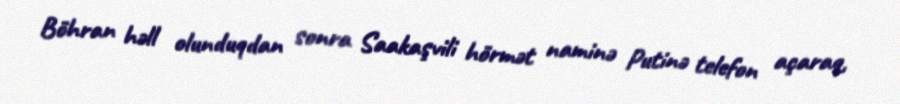
Böhran həll olunduqdan sonra Saakaşvili hörmət naminə Putinə telefon açaraq,